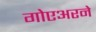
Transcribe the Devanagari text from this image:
गोएअरने